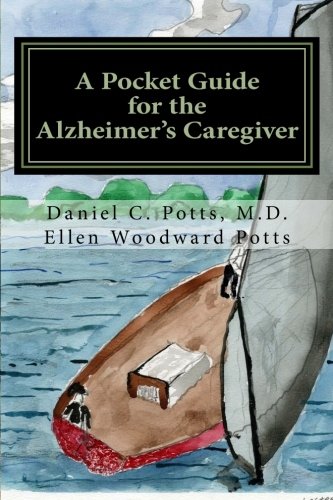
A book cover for A Pocket Guide for the Alzheimer's Caregiver; Daniel C. Potts M.D.; Parenting & Relationships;